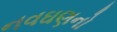
નવઘણનો